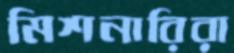
মিশনারিরা